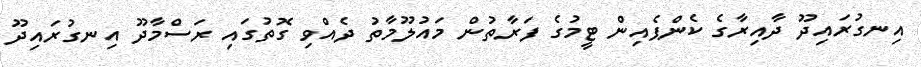
އިނގުރައިދޫ ދާއިރާގެ ކެންޕެއިން ޓީމުގެ ފަރާތުން މައުލޫމާތު ދެއްވި ގޮތުގައި ރަސްމާދޫ އިނގުރައިދޫ